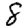
Digit: 8